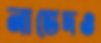
নাভেদও